King Institute of Preventive Medicine Micro-Biological Section reports 1912-19
Year: 1912
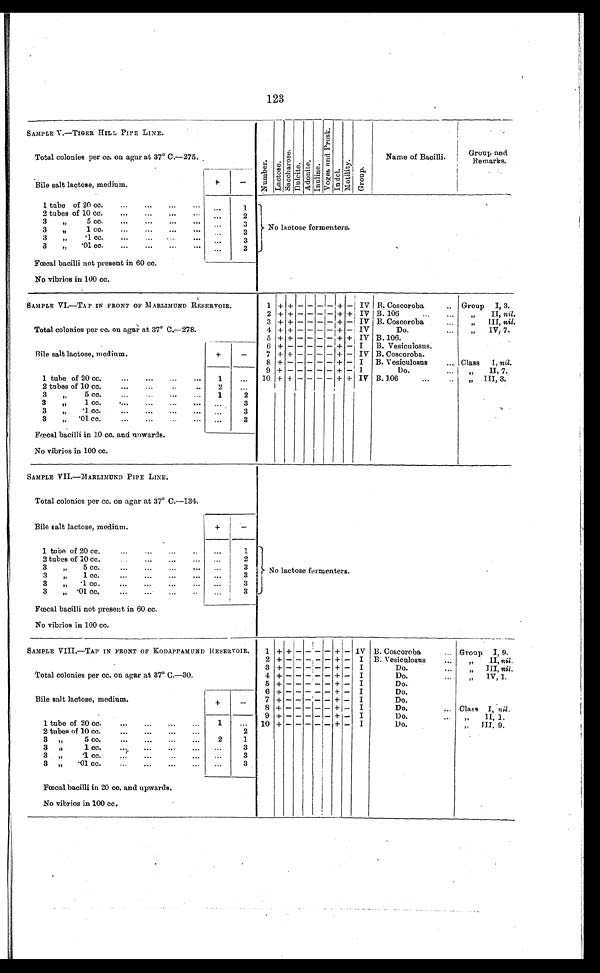
123
SAMPLE V.—TIGER HILL PIPE LINE.
Total colonies per cc. on agar at 37° C.—275.
N u m b e r . La c t o s e .
S a c c h a r o s e .
D u l c i t e . A d o n i t e . I n u l i n e .
V o g e s a n d P r o s k .
I ndol .
M o t i l i t y . G r o u p .
Name of Bacilli.
Group and
Remarks.
Bile salt lactose, medium.
+
-
1 tube of 20 cc....
...
. . .
1
No lactose fermenters.
2 tubes of 10 cc.
...
...
......
. . .
2
3
"
5 cc.
...
...
...
. . .
3
3
"
1 cc.
...
...
...
...
...
3
3
"
1 cc.
..
...
...
3
3 3
"
'01 cc.
...
. . .
3
Fœcal bacilli not present in 60 cc.
No vibrios in 100 cc.
SAMPLE VI.—TAP IN FRONT OF MARLIMUND RESERVOIR.
Total colonies per cc. on agar at 37° C.—278.
1 + + - - - - +
- IV B. Coscoroba
.. Group I, 3.
2 + + - - - - + + IV B. 106
...
...
" II, nil.
3 + + - - - - + - IV B. Coscoroba
...
", III, nil.
4 + + - - - - + - IV
Do...
,, IV, 7,
5 + + - - - - + + IV B. 106.
Bile salt lactose, medium.
+
-
6 + -
- - - - + - I B. Vesiculosus.
7 + + - - - - + - IV B. Coscoroba.
8 + +
- - - - + - I B. Vesiculosus
... Class I, nil.
9 + -
- - - - +
- I
Do.
II, 7.
1 tube of 20 cc.
...
...
...
...
1
. . . 10 + + - - - - + + IV B. 106
...
..
„ III, 3.
2 tubes of 10 cc.
...
2
...
35 cc.
...
....
"
. . .
. . .
1
2
3
"
1 cc.
....
...
...
3
3
„
.1 cc. ... ... ... ...
...
3
3
„ .01 cc. ... ... ...
...
3
Fœal bacilli in 10 cc. and upwards.
No vibrios in 100 cc.
SAMPLE VII.—MARLIMUND PIPE LINE.
Total colonies per cc. on agar at 37° C.—134.
No lactose fermenters.
Bile salt lactose, medium.
+
-
1 tube of 20 cc.
...
..
...
1
2 tubes of 10 cc.
...
...
...
. . .
2
3
„
5 cc.
...
...
...
3
3
„
1 cc.
...
...
...
...
...
3
3
„ .1 cc.
...
...
...
. . .
3
3
„ .01 cc.
...
...
...
...
3
Fœcal bacilli not present in 60 cc.
No vibrios in 100 cc.
SAMPLE VIII.—TAP IN FRONT OF KODAPPAMUND RESERVOIR.
Total colonies per cc. on agar at 37° C.-30.
1 + + - - - - + - IV B. Coscoroba
... Group I, 9.
2 + -
- - - - + - I B. Vesiculosus
" II, nil.
3 + -
- - - - + - I
Do... ...
" III nil.
4 + -
- - - - + - I
Do... ...
" I V , 1 .
5 + -
- - - - + - I
Do.
6 + -
- - - - + - I
Do.
Bile salt lactose, medium.
+
-
7 + -
- - - - + - I
Do.
8 + -
- - - - + - I
Do.
... Class I, n i l .
9 + -
- - - - + - I
Do.
" II, 1.
1 tube of 20 cc.
...
...
...
1
... 10 + -
- - - - + - I
Do.
„ III, 9.
2 tubes of 10 cc.
...
...
...
... ...
2
3 "
5 cc.
...
...
...
2
1
3 "
1 cc.
...
...
3
3 "
. 1 c c .
. . .
. . . ...
3
3 "
. 0 1 c c .
. . .
. . .
. ...
3
Fœcal bacilli in 20 cc. and upwards.
No vibrios in 100 cc.